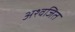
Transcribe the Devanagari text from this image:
अश्वजित